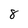
Character: 8